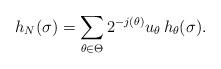
LaTeX: \begin{align*}h_{N}(\sigma) = \sum_{\theta\in\Theta} 2^{-j(\theta)} u_{\theta}\, h_{\theta}(\sigma).\end{align*}